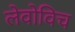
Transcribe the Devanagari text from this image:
लेवोविच